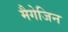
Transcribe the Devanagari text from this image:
मैगेजिन